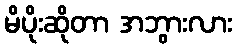
မိပိုးဆိုတာ အဘွားလား